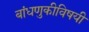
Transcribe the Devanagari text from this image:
बांधणुकीविषयी